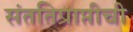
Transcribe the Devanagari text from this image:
संततिप्राप्तीची